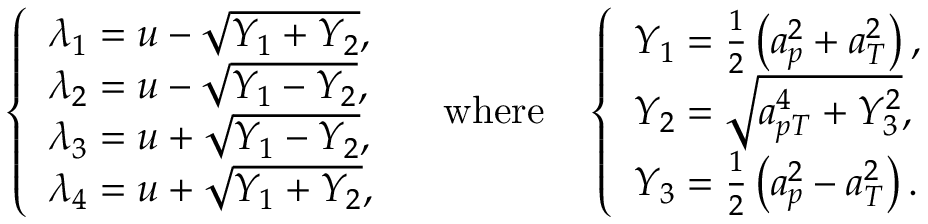
\left\{ \begin{array} { l l } { \lambda _ { 1 } = u - \sqrt { Y _ { 1 } + Y _ { 2 } } , } \\ { \lambda _ { 2 } = u - \sqrt { Y _ { 1 } - Y _ { 2 } } , } \\ { \lambda _ { 3 } = u + \sqrt { Y _ { 1 } - Y _ { 2 } } , } \\ { \lambda _ { 4 } = u + \sqrt { Y _ { 1 } + Y _ { 2 } } , } \end{array} \right. \quad \mathrm { w h e r e } \quad \left\{ \begin{array} { l l } { Y _ { 1 } = \frac { 1 } { 2 } \left( a _ { p } ^ { 2 } + a _ { T } ^ { 2 } \right) , } \\ { Y _ { 2 } = \sqrt { a _ { p T } ^ { 4 } + Y _ { 3 } ^ { 2 } } , } \\ { Y _ { 3 } = \frac { 1 } { 2 } \left( a _ { p } ^ { 2 } - a _ { T } ^ { 2 } \right) . } \end{array} \right.